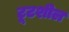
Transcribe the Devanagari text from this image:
टूटशील